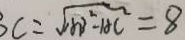
B C = \sqrt { A B ^ { 2 } - A C ^ { 2 } } = 8